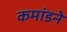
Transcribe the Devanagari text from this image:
कमांडने